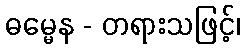
ဓမ္မေန - တရားသဖြင့်၊